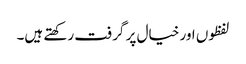
لفظوں اور خیال پر گرفت رکھتے ہیں۔